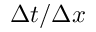
\Delta t / \Delta x